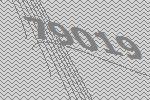
79019